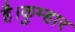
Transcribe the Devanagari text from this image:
है।कुम्हार